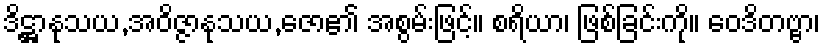
ဒိဋ္ဌာနုသယ,အဝိဇ္ဇာနုသယ,ဇော၏ အစွမ်းဖြင့်။ စရိယာ၊ ဖြစ်ခြင်းကို။ ဝေဒိတဗ္ဗာ၊